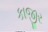
કાજીર